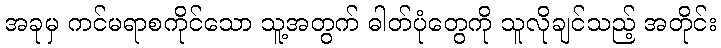
အခုမှ ကင်မရာစကိုင်သော သူ့အတွက် ဓါတ်ပုံတွေကို သူလိုချင်သည့် အတိုင်း